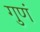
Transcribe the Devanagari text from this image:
गुणं